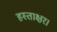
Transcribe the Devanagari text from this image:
हस्ताक्षर।